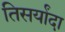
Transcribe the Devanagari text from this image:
तिसर्यांदा